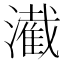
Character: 㵶